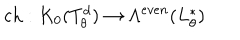
LaTeX: \mathrm { c h } : K _ { 0 } ( T _ { \theta } ^ { d } ) \to \Lambda ^ { e v e n } ( L _ { \theta } ^ { * } )